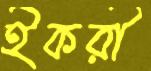
ইকরী